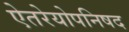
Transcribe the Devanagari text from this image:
ऐतरेयोपनिषद